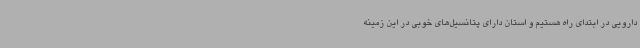
دارویی در ابتدای راه هستیم و استان دارای پتانسیل‌های خوبی در این زمینه